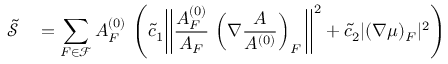
\begin{array} { r l } { \tilde { \mathcal { S } } } & { { } = \displaystyle \sum _ { F \in \mathcal { F } } A _ { F } ^ { ( 0 ) } \, \left( \tilde { c } _ { 1 } \bigg | \bigg | \frac { A _ { F } ^ { ( 0 ) } } { A _ { F } } \, \left( \nabla \frac { A } { A ^ { ( 0 ) } } \right) _ { F } \bigg | \bigg | ^ { 2 } + \tilde { c } _ { 2 } | ( \nabla \mu ) _ { F } | ^ { 2 } \right) } \end{array}